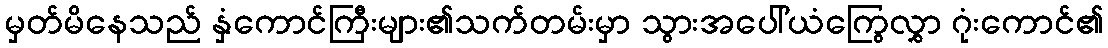
မှတ်မိနေသည် နှံကောင်ကြီးများ၏သက်တမ်းမှာ သွားအပေါ်ယံကြွေလွှာ ဂုံးကောင်၏